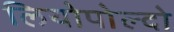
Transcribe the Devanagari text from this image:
लियोपोल्दो